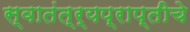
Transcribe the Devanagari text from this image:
स्वातंत्र्यप्राप्तीचे